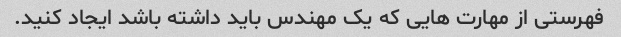
فهرستی از مهارت هایی که یک مهندس باید داشته باشد ایجاد کنید.